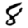
Digit: 8